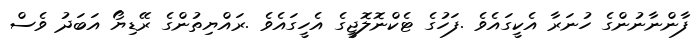
ފާންނާނުންގެ ހުނަރާ އެކީގައެވެ .ފަހުގެ ޓެކްނޮލޮޖީގެ އެހީގައެވެ .ރައްޔިތުންގެ ރޭޑިޔޯ އަބަދު ވެސް